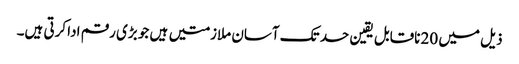
ذیل میں 20 ناقابل یقین حد تک آسان ملازمتیں ہیں جو بڑی رقم ادا کرتی ہیں۔